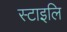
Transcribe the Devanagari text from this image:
स्टाइलि